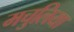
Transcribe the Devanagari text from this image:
मचुलिया